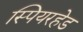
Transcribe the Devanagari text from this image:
स्पियरहेड